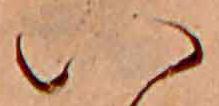
い